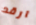
ارقد